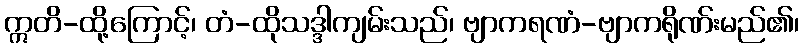
ဣတိ-ထို့ကြောင့်၊ တံ-ထိုသဒ္ဒါကျမ်းသည်၊ ဗျာကရဏံ-ဗျာကရိုဏ်းမည်၏၊